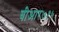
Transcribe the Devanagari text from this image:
बीआर७१५